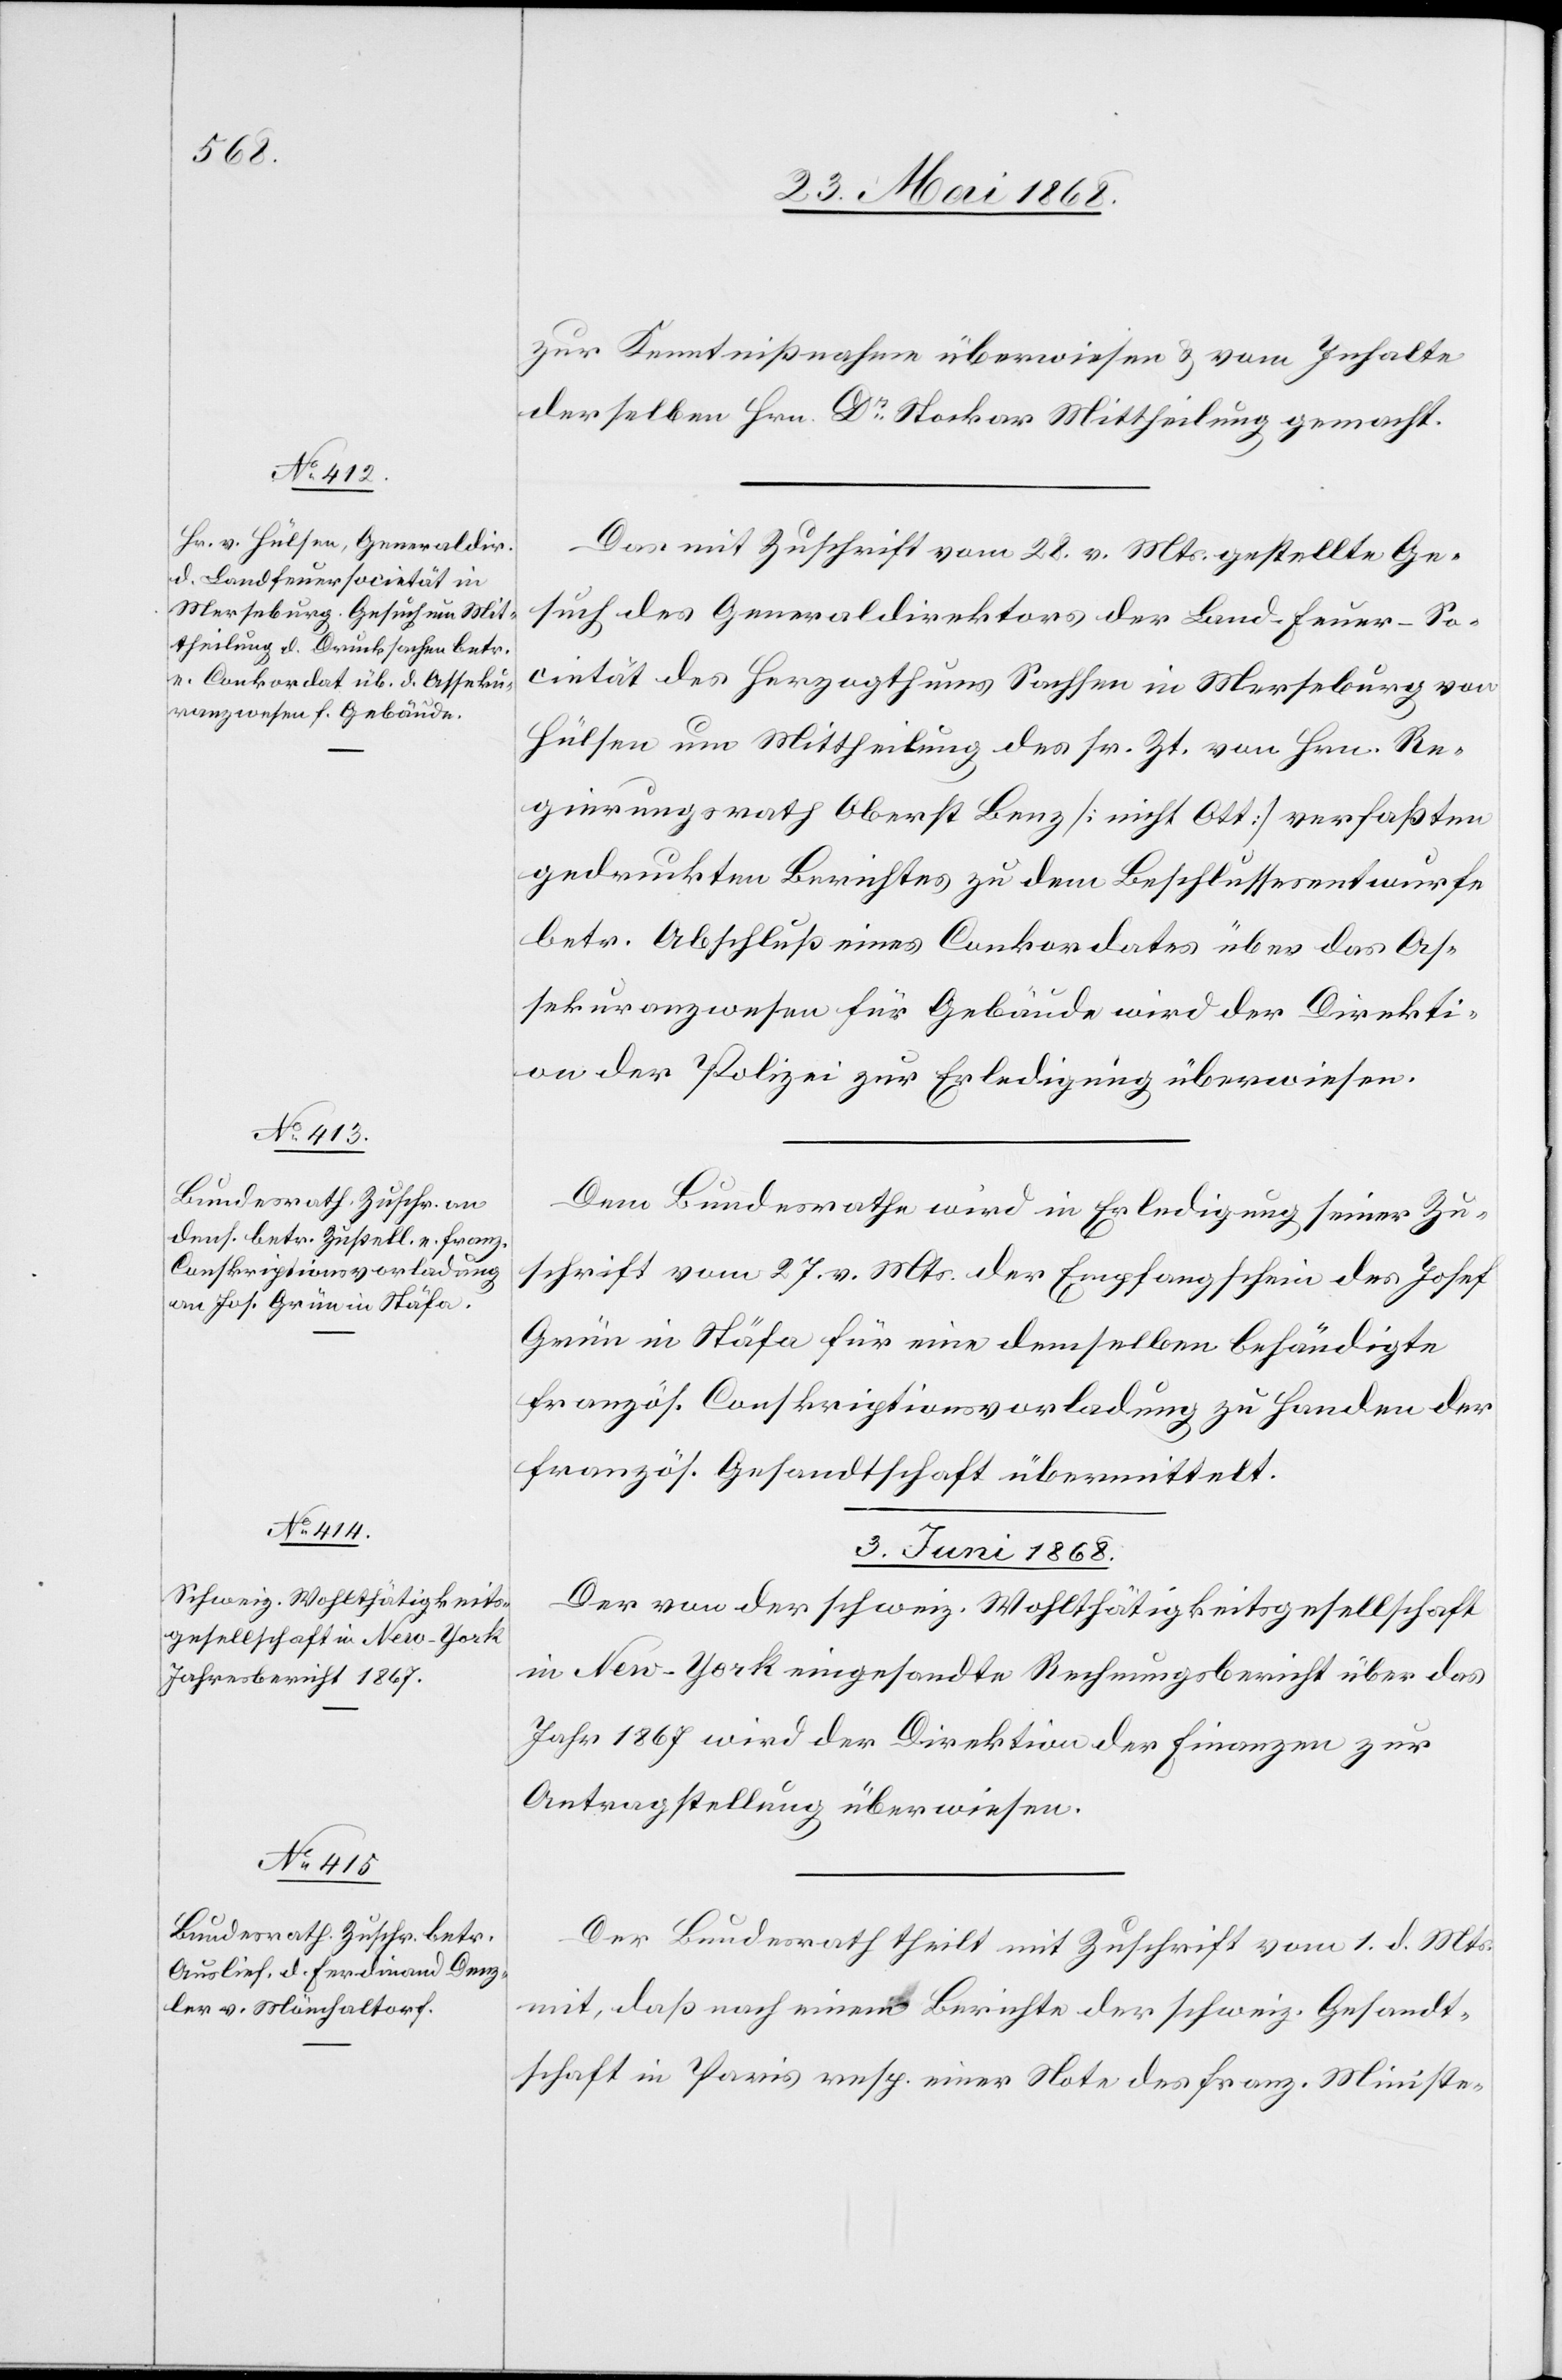
zur Kenntnißnahme überwiesen & vom Inhalte
derselben Hrn. Dr Stockar Mittheilung gemacht.
Das mit Zuschrift vom 28. v. Mts. gestellte Ge¬
such des Generaldirektors der Land-Feuer-So¬
cietät des Herzogthums Sachsen in Merseburg von
Hülsen um Mittheilung des sr. Zt. von Hrn. Re¬
gierungsrath Oberst Benz [nicht Ott] verfaßten
gedruckten Berichtes zu dem Beschlussesentwurfe
betr. Abschluß eines Conkordates über das As¬
sekuranzwesen für Gebäude wird der Direkti¬
on der Polizei zur Erledigung überwiesen.
Dem Bundesrathe wird in Erledigung seiner Zu¬
schrift vom 27. v. Mts. der Empfangschein des Josef
Grün in Stäfa für eine demselben behändigte
französ. Conskriptionsvorladung zu Handen der
französ. Gesandtschaft übermittelt.
3. Juni 1868.]
Der von der schweiz. Wohlthätigkeitsgesellschaft
in New-York eingesandte Rechnungsbericht über das
Jahr 1867 wird der Direktion der Finanzen zur
Antragstellung überwiesen.
Der Bundesrath theilt mit Zuschrift vom 1. d. Mts.
mit, daß nach einem Berichte der schweiz. Gesandt¬
schaft in Paris resp. einer Note des franz. Ministe-